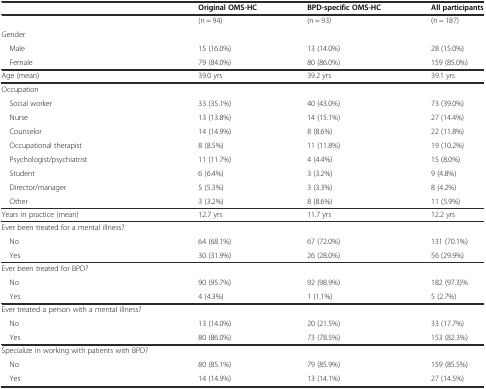
|  | Original OMS-HC | BPD-specific OMS-HC | All participants |
 | --- | --- | --- | --- |
 |  | (n = 94) | (n = 93) | (n = 187) |
 | Gender |  |  |  |
 | Male | 15 (16.0%) | 13 (14.0%) | 28 (15.0%) |
 | Female | 79 (84.0%) | 80 (86.0%) | 159 (85.0%) |
 | Age (mean) | 39.0 yrs | 39.2 yrs | 39.1 yrs |
 | Occupation |  |  |  |
 | Social worker | 33 (35.1%) | 40 (43.0%) | 73 (39.0%) |
 | Nurse | 13 (13.8%) | 14 (15.1%) | 27 (14.4%) |
 | Counselor | 14 (14.9%) | 8 (8.6%) | 22 (11.8%) |
 | Occupational therapist | 8 (8.5%) | 11 (11.8%) | 19 (10.2%) |
 | Psychologist/psychiatrist | 11 (11.7%) | 4 (4.4%) | 15 (8.0%) |
 | Student | 6 (6.4%) | 3 (3.2%) | 9 (4.8%) |
 | Director/manager | 5 (5.3%) | 3 (3.3%) | 8 (4.2%) |
 | Other | 3 (3.2%) | 8 (8.6%) | 11 (5.9%) |
 | Years in practice (mean) | 12.7 yrs | 11.7 yrs | 12.2 yrs |
 | Ever been treated for a mental illness? |  |  |  |
 | No | 64 (68.1%) | 67 (72.0%) | 131 (70.1%) |
 | Yes | 30 (31.9%) | 26 (28.0%) | 56 (29.9%) |
 | Ever been treated for BPD? |  |  |  |
 | No | 90 (95.7%) | 92 (98.9%) | 182 (97.3)% |
 | Yes | 4 (4.3%) | 1 (1.1%) | 5 (2.7%) |
 | Ever treated a person with a mental illness? |  |  |  |
 | No | 13 (14.0%) | 20 (21.5%) | 33 (17.7%) |
 | Yes | 80 (86.0%) | 73 (78.5%) | 153 (82.3%) |
 | Specialize in working with patients with BPD? |  |  |  |
 | No | 80 (85.1%) | 79 (85.9%) | 159 (85.5%) |
 | Yes | 14 (14.9%) | 13 (14.1%) | 27 (14.5%) |